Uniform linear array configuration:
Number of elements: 24
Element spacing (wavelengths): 1
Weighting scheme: cosine
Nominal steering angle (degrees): -45
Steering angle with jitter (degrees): -44.341
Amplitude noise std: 0.05
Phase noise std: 0.05

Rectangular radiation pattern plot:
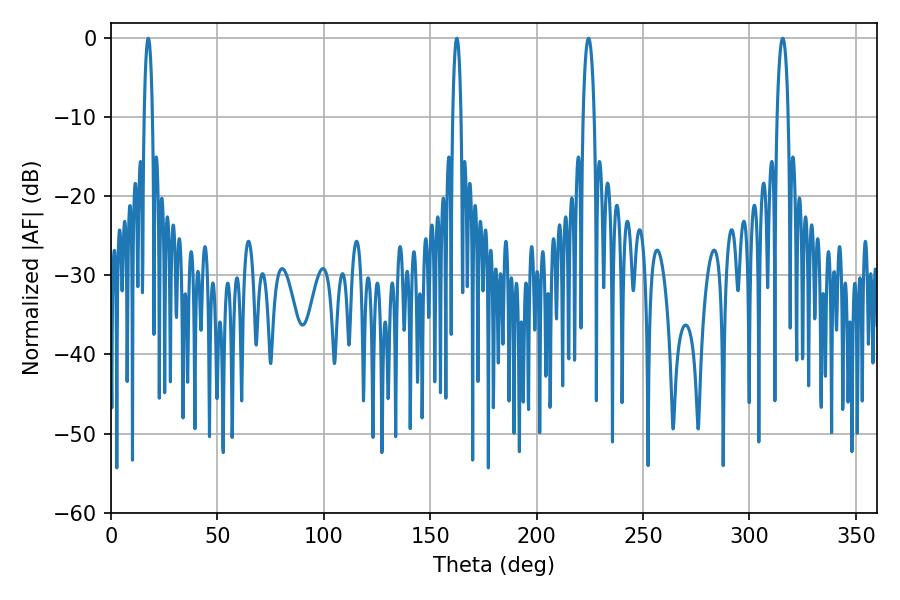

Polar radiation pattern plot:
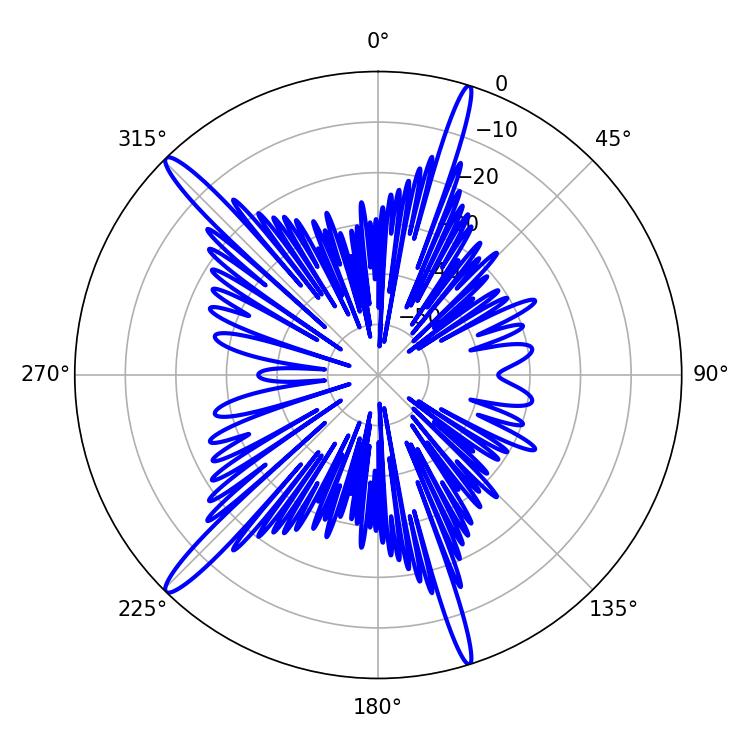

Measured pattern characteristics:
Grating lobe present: TRUE
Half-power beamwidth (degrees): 2.16
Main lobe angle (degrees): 17.46